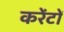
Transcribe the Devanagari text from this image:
करेंटों